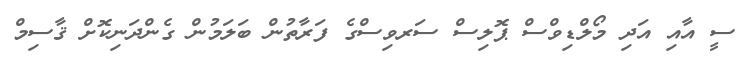
ސީ އާއި އަދި މޯލްޑިވްސް ޕޮލިސް ސަރވިސްގެ ފަރާތުން ބަލަމުން ގެންދަނިކޮށް ޤާސިމް